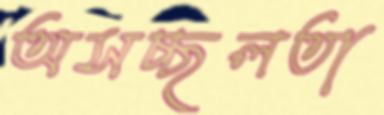
অসচ্ছলতা